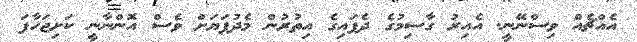
އެއްޗެއް ވިސްނޭނީ. އެއިރު ގާސިމުގެ ދެފައިގެ އިތުރުން މެދުފަޔަށް ވެސް އޮންނާނީ ކަށިޖަހާފަ